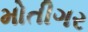
મોતીગર